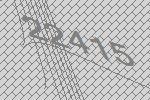
22415